Annual returns of the Patna Lunatic Asylum at Bankipore in Bihar and Orissa - 1912-1924
Year: 1912
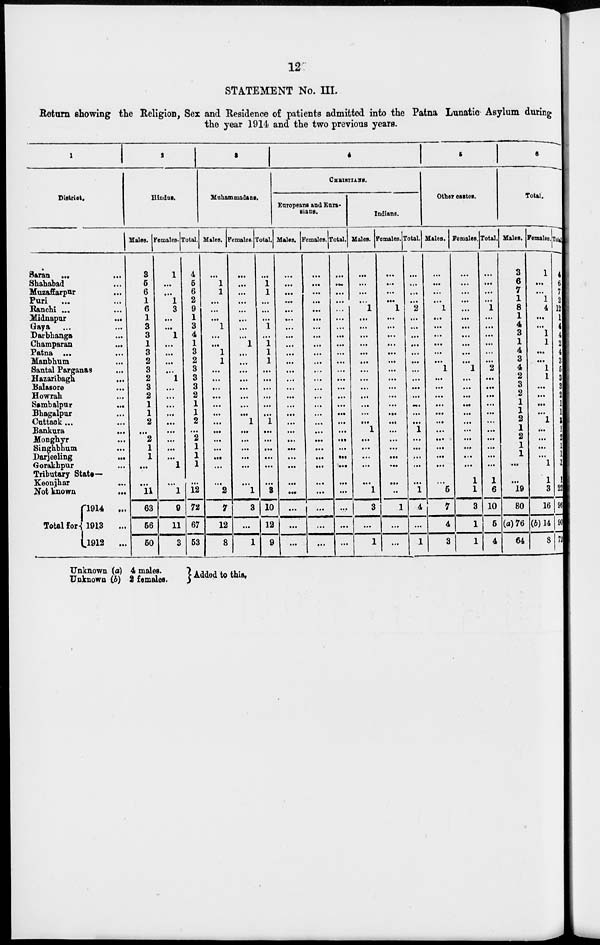
12
STATEMENT No. III.
Return showing the Religion, Sex and Residence of patients admitted into the Patna Lunatic Asylum during
the year 1914 and the two previous years.
1
District.
Saran ...
...
Shahabad ...
Muzaffarpur ...
Puri ... ...
Ranchi ... ...
Midnapur
...
Gaya ... ...
Darbhanga ...
Champaran
...
Patna ... ...
Manbhum ...
Santal Parganas ...
Hazaribagh ...
Balasore ...
Howrah ...
Sambalpur
...
Bhagalpur ...
Cuttack...
Bankura ...
Honghyr ...
Singhbhum ...
Daijeeling ...
Gorakhpur ...
Tributary State—
Keonjbar ...
Not known
...
Total for-
1914
...
1913
...
l912
...
2
Hindus.
Males.
3
5
6
1
6
1
3
3
1
3
2
3
2
3
2
1
1
2
...
2
1
1
...
...
11
63
56
50
Females.
1
...
...
1
3
...
...
1
...
...
...
...
1
...
...
...
...
...
...
...
...
...
1
...
1
9
11
3
Total.
4
5
6
2
9
1
3
4
1
3
2
3
3
3
2
1
1
2
...
2
1
1
1
...
12
72
67
53
3
Muhammadans.
Males.
...
1
1
...
...
...
1
...
...
1
1
...
...
...
...
...
...
...
...
...
...
...
...
...
2
7
12
8
Females.
...
...
...
...
...
...
...
...
1
...
...
...
...
...
...
...
...
1
...
...
...
...
...
...
1
3
...
1
Total.
...
1
1
...
...
...
1
...
1
1
1
...
...
...
...
...
...
1
...
...
...
...
...
...
3
10
12
9
4
CHRISTIANS.
Europeans and Eura-
sians.
Males.
...
..
...
...
...
...
...
...
...
...
...
...
...
...
...
...
...
...
...
...
...
...
...
...
...
...
...
...
Females.
...
...
...
...
...
...
...
...
...
...
...
...
...
...
...
...
...
...
...
...
...
...
...
...
...
...
...
...
Total.
...
...
...
...
...
...
...
...
...
...
...
...
...
...
...
...
...
...
...
...
...
...
...
...
...
...
...
...
Indians.
Males. 1
...
...
...
...
1
...
...
...
...
...
...
...
...
...
...
...
...
...
1
...
...
...
...
...
1
3
...
1
Females.
...
...
...
...
1
...
...
...
...
...
...
...
...
...
...
...
...
...
...
...
...
...
...
...
...
1
...
...
Total.
...
...
...
...
2
...
...
...
...
...
...
...
...
...
...
...
...
...
1
...
...
...
...
...
1
4
...
1
5
Other castes.
Males.
...
...
...
...
1
...
...
...
...
...
...
1
...
...
...
...
...
...
...
...
...
...
...
...
5
7
4
3
Females.
...
...
...
...
...
...
...
...
...
...
...
1
...
...
...
...
...
...
...
...
...
...
...
1
1
3
1
1
Total.
...
...
...
...
1
...
...
...
...
...
...
2
...
...
...
...
...
...
...
...
...
...
...
1
6
10
5
4
6
Total.
Males.
3
6
7
1
8
1
4
3
1
4
3
4
2
3
2
1
1
2
1
2
1
1
...
...
19
80
(a)76
64
Females.
1
...
...
1
4
...
...
1
1
...
...
1
1
...
...
...
...
1
...
...
...
...
1
1
3
16
(6)14
8
Total
4
6
7
2
12
1
4
4
2
4
3
5
3
3
2
1
1
1
1
2
1
1
1
1
22
96
90
72
Unknown (a) 4 males.
"
Unknown (b) 2 females.
Added to this.